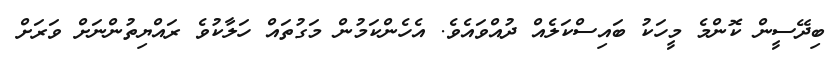
ބިދޭސީން ކޮންމެ މީހަކު ބައިސްކަލެއް ދުއްވައެވެ. އެހެންކަމުން މަގުތައް ހަލާކުވެ ރައްޔިތުންނަށް ވަރަށް